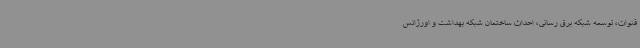
قنوات، توسعه شبکه برق رسانی، احداث ساختمان شبکه بهداشت و اورژانس